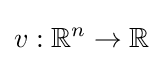
v:\mathbb {R} ^{n}\to \mathbb {R}